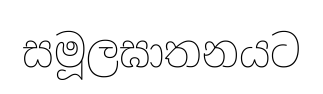
සමූලඝාතනයට